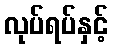
လုပ်ရပ်နှင့်